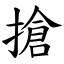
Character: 搶